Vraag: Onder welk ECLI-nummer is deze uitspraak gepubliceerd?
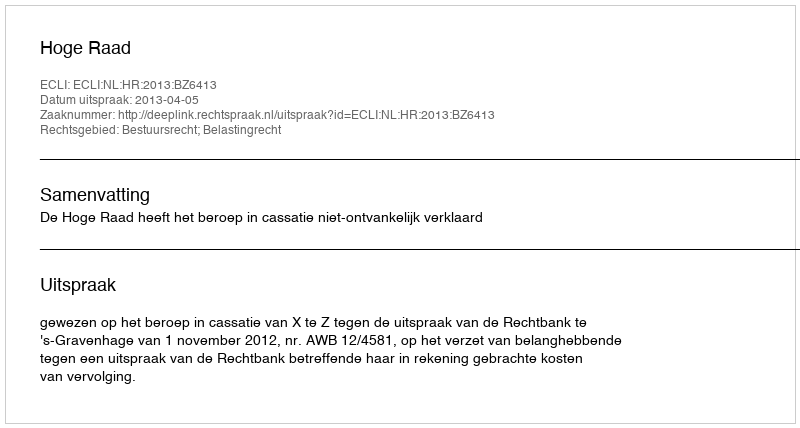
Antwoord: ECLI:NL:HR:2013:BZ6413